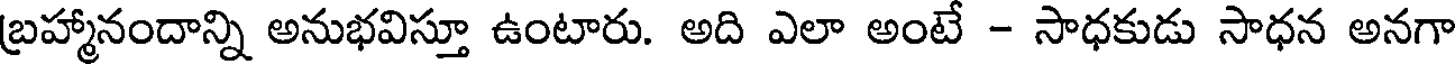
బ్రహ్మానందాన్ని అనుభవిస్తూ ఉంటారు. అది ఎలా అంటే - సాధకుడు సాధన అనగా